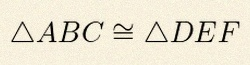
\triangle ABC\cong\triangle DEF